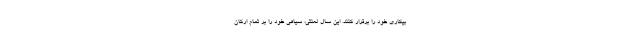
بیکاری خود را برقرار کنند. این سال لعنتی، سیاهی خود را بر تمام ارکان